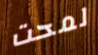
لمحت